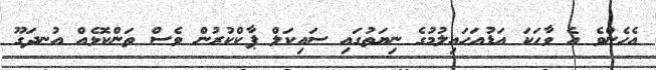
އެހެންވެ އެ ވާހަކަ އަޑުއަހައިލުމުގެ ނިޔަތުގައި ސައިކަލް ޕާކްކުރުން ވެސް ތަންކޮޅެއް އުނދަގޫ